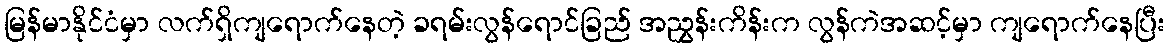
မြန်မာနိုင်ငံမှာ လက်ရှိကျရောက်နေတဲ့ ခရမ်းလွန်ရောင်ခြည် အညွှန်းကိန်းက လွန်ကဲအဆင့်မှာ ကျရောက်နေပြီး